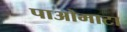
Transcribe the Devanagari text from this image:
पाओमाटा